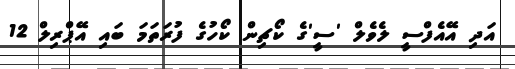
އަދި އޭއެފްސީ ލެވެލް 'ސީ'ގެ ކޯޗިން ކޯހުގެ ފުރަތަމަ ބައި އޭޕްރިލް 12